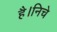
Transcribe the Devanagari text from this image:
है।निचे